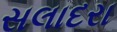
સલાદરા